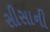
સીસાની